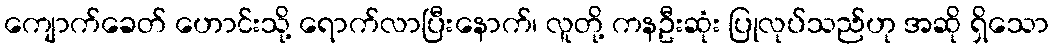
ကျောက်ခေတ် ဟောင်းသို့ ရောက်လာပြီးနောက်၊ လူတို့ ကနဦးဆုံး ပြုလုပ်သည်ဟု အဆို ရှိသော